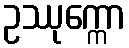
ဥဿုက္ကော